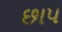
છાપ